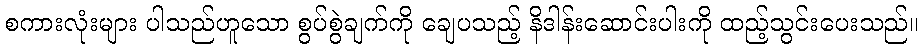
စကားလုံးများ ပါသည်ဟူသော စွပ်စွဲချက်ကို ချေပသည့် နိဒါန်းဆောင်းပါးကို ထည့်သွင်းပေးသည်။